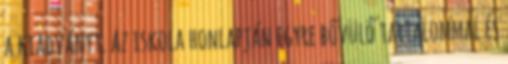
a kiadványt. Az iskola honlapján egyre bővülő tartalommal és